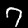
Label: 7